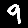
Digit: 9